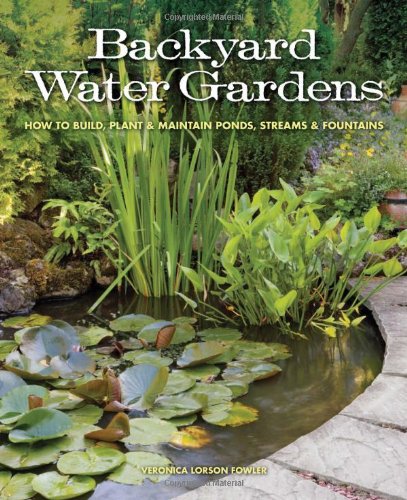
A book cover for Backyard Water Gardens: How to Build, Plant & Maintain Ponds, Streams & Fountains; Veronica L. Fowler; Crafts, Hobbies & Home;